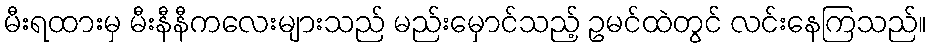
မီးရထားမှ မီးနီနီကလေးများသည် မည်းမှောင်သည့် ဥမင်ထဲတွင် လင်းနေကြသည်။